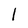
Character: l